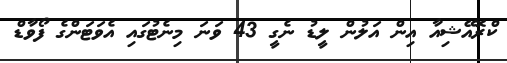
ކްރޮއޭޝިއާ އިން އަލުން ލީޑު ނެގީ 43 ވަނަ މިނެޓުގައި އެވަޓަންގެ ފޯވާޑް